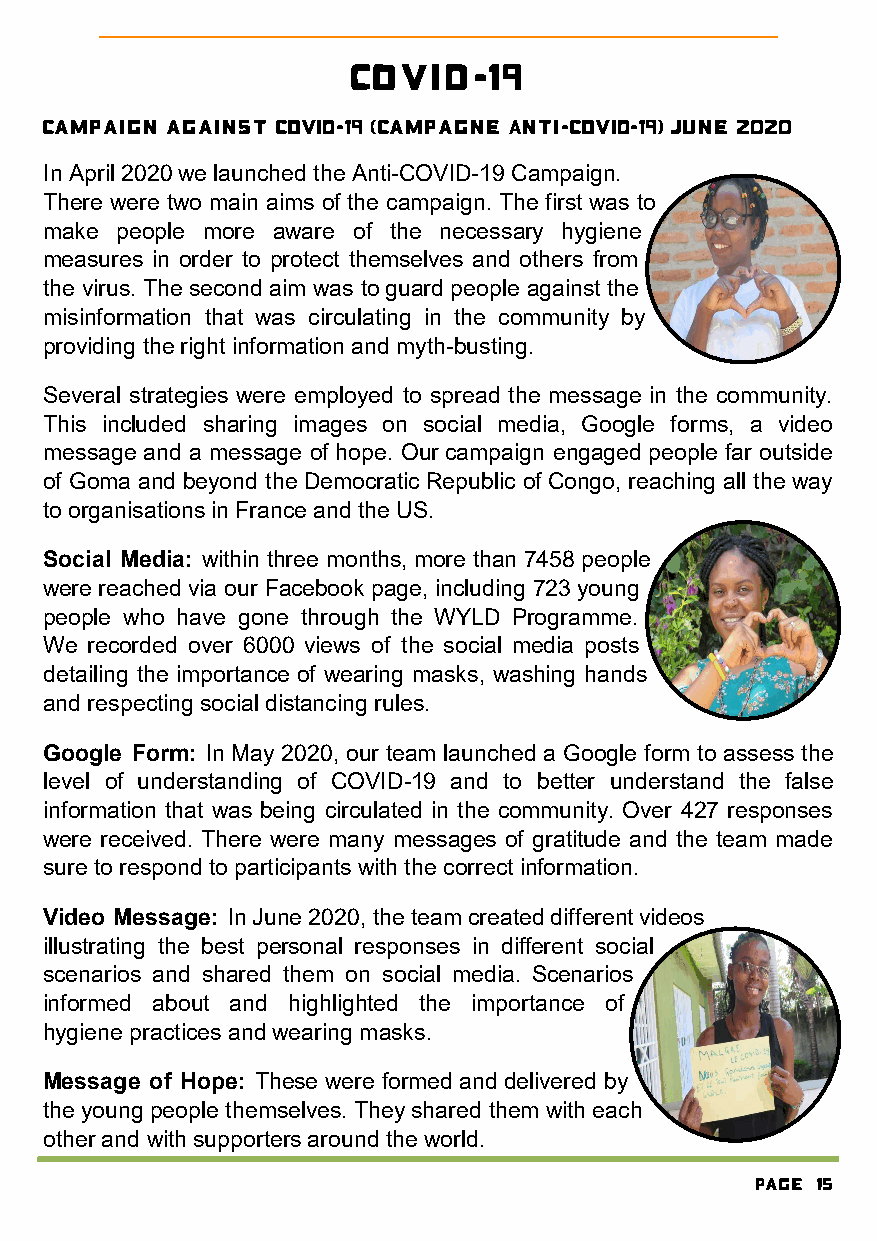
Covid-19
 Campaign against COVID-19 (Campagne Anti-COVID-19) June 2020
 In April 2020 we launched the Anti-COVID-19 Campaign.
 There were two main aims of the campaign. The first was to
 make people more aware of the necessary hygiene
 measures in order to protect themselves and others from
 the virus. The second aim was to guard people against the
 misinformation that was circulating in the community by
 providing the right information and myth-busting.
 Several strategies were employed to spread the message in the community.
 This included sharing images on social media, Google forms, a video
 message and a message of hope. Our campaign engaged people far outside
 of Goma and beyond the Democratic Republic of Congo, reaching all the way
 to organisations in France and the US.
 Social Media: within three months, more than 7458 people
 were reached via our Facebook page, including 723 young
 people who have gone through the WYLD Programme.
 We recorded over 6000 views of the social media posts
 detailing the importance of wearing masks, washing hands
 and respecting social distancing rules.
 Google Form: In May 2020, our team launched a Google form to assess the
 level of understanding of COVID-19 and to better understand the false
 information that was being circulated in the community. Over 427 responses
 were received. There were many messages of gratitude and the team made
 sure to respond to participants with the correct information.
 Video Message: In June 2020, the team created different videos
 illustrating the best personal responses in different social
 scenarios and shared them on social media. Scenarios
 informed about and highlighted the importance of
 hygiene practices and wearing masks.
 Message of Hope: These were formed and delivered by
 the young people themselves. They shared them with each
 other and with supporters around the world.
 Page 15